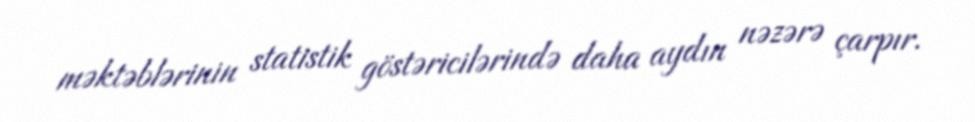
məktəblərinin statistik göstəricilərində daha aydın nəzərə çarpır.